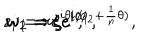
z _ { i } = r e ^ { i \theta _ { i } } , \hspace { 5 m m } w _ { 1 } = \zeta e ^ { i \phi _ { 1 } } , \hspace { 5 m m } w _ { 2 } = \zeta e ^ { i ( \phi _ { 2 } + \frac 1 n \theta ) } ,